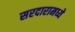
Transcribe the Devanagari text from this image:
सरदारामध्ये